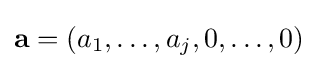
\mathbf {a} =(a_{1},\ldots ,a_{j},0,\ldots ,0)